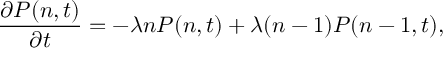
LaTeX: \frac { \partial P ( n , t ) } { \partial t } = - \lambda n P ( n , t ) + \lambda ( n - 1 ) P ( n - 1 , t ) ,